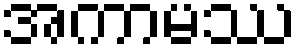
အကာမဿ